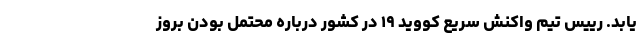
یابد. رییس تیم واکنش سریع کووید ۱۹ در کشور درباره محتمل بودن بروز